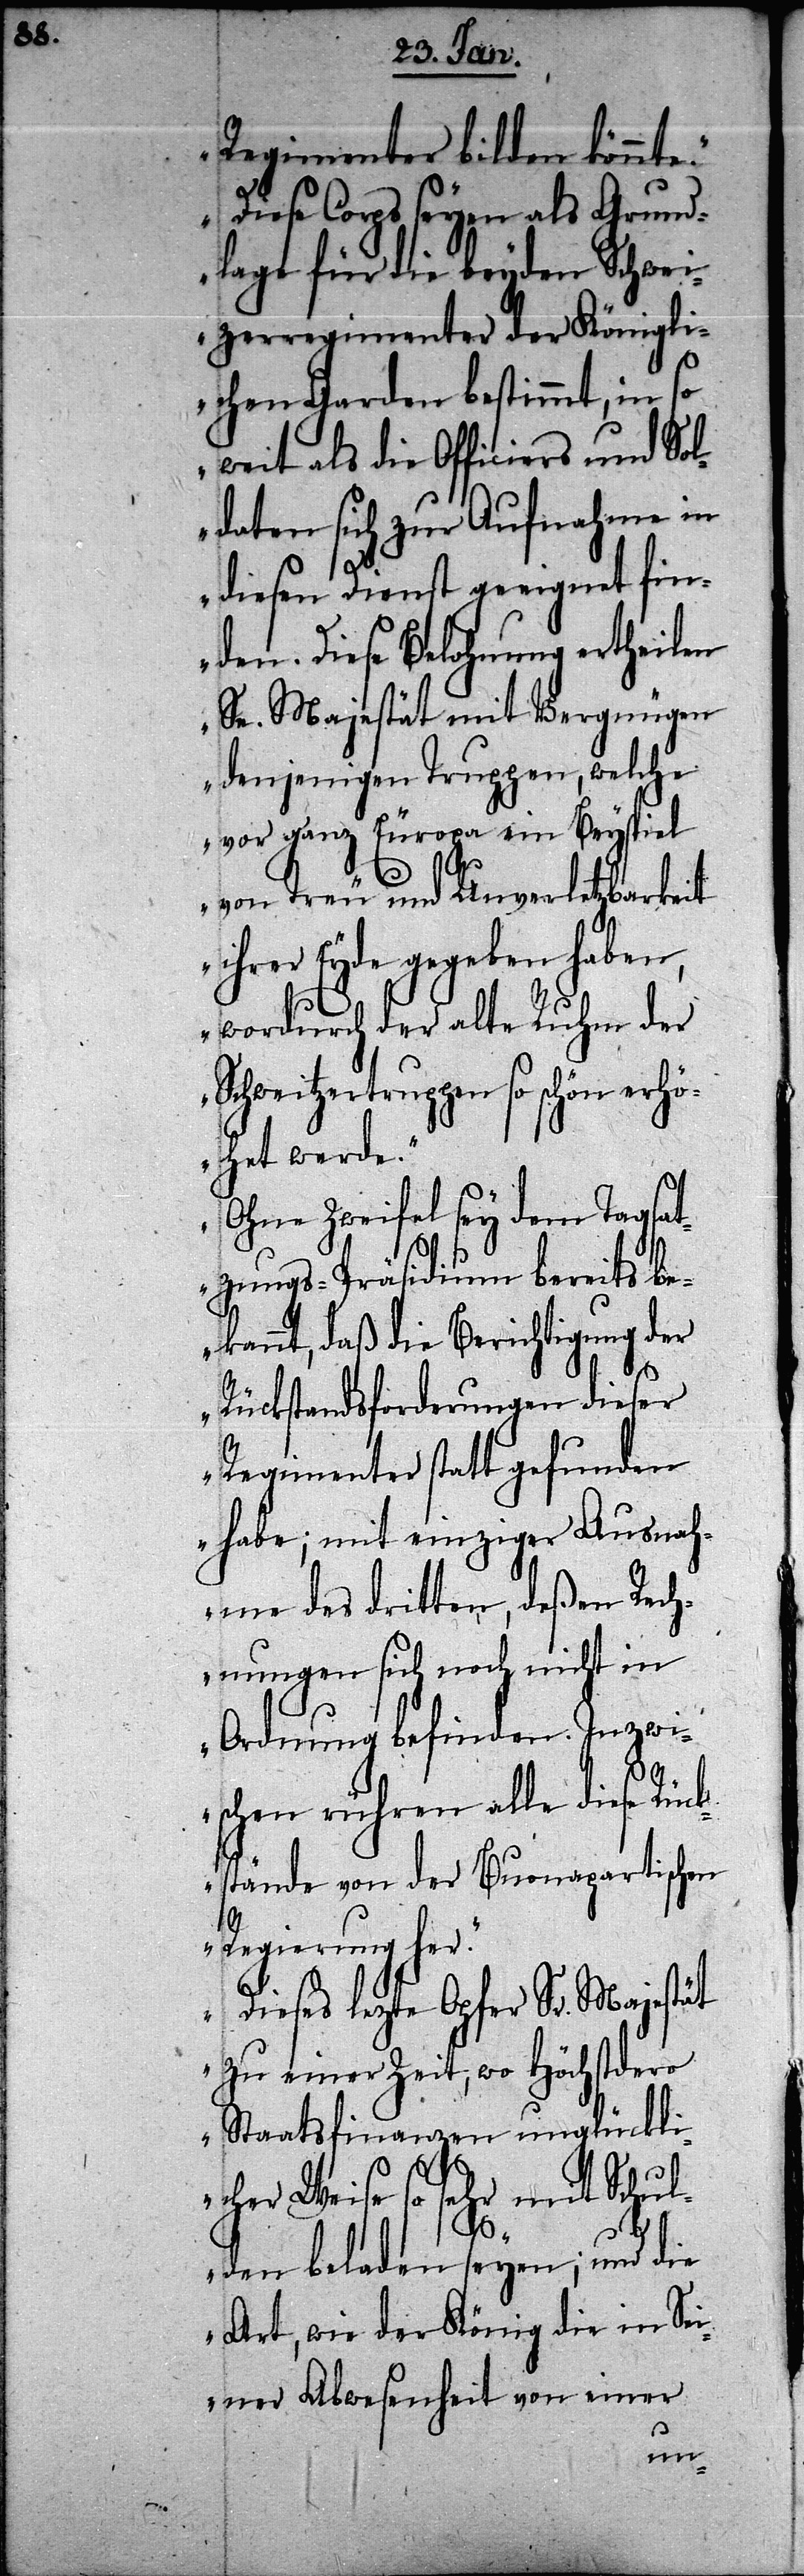
„D¬

Regimenter bilden könnte.“
iese Corps seyen als Grund¬
lage für die beyden Schwei¬
zerregimenter der Königli¬
chen Garden bestimmt, in so
weit als die Officiers und Sol¬
daten sich zur Aufnahme in
diesen Dienst geeignet fin¬
den. Diese Belohnung ertheilen
Se. Majestät mit Vergnügen
denjenigen Truppen, welche
vor ganz Europa ein Beyspiel
von Treu und Unverletzbarkeit
ihrer Eyde gegeben haben,
wordurch der alte Ruhm der
Schweitzertruppen so schön erhö¬
het werde.“
„Ohne Zweifel sey dem Tagsat¬
zungs-Präsidium bereits b¬
ekannt, daß die Berichtigung der
Rückstandsforderungen dieser
Regimenter statt gefunden
habe; mit einziger Ausnah¬
me des dritten, deßen Rech¬
nungen sich noch nicht in
Ordnung befinden. Inzwi¬
schen rühren alle diese Rück¬
stände von der Buonapartischen
Regierung her.“
„Dieses lezte Opfer Sr. Majestät
zu einer Zeit, wo Höchstdero
Staatsfinanzen unglückli¬
cher Weise so sehr mit Schul¬
den beladen seyen; und die
Art, wie der König die in Se¬
iner Abwesenheit von einer